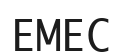
ЕМЕС